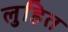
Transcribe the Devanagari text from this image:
लुहित